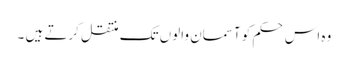
وہ اس حکم کو آسمان والوں تک منتقل کرتے ہیں ۔